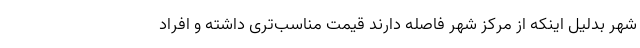
شهر بدلیل اینکه از مرکز شهر فاصله دارند قیمت مناسب‌تری داشته و افراد